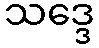
သဒ္ဒေ